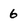
Character: 6